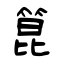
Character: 箟